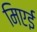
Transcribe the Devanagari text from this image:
मिएई